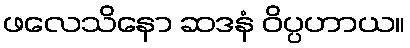
ဖလေသိနော ဆဒနံ ဝိပ္ပဟာယ။